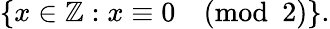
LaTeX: \{ x\in\mathbb{Z}:x\equiv 0{\pmod{2}}\} .